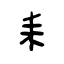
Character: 耒